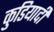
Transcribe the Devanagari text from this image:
कुडियादी